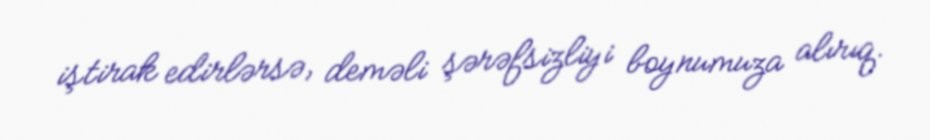
iştirak edirlərsə, deməli şərəfsizliyi boynumuza alırıq.